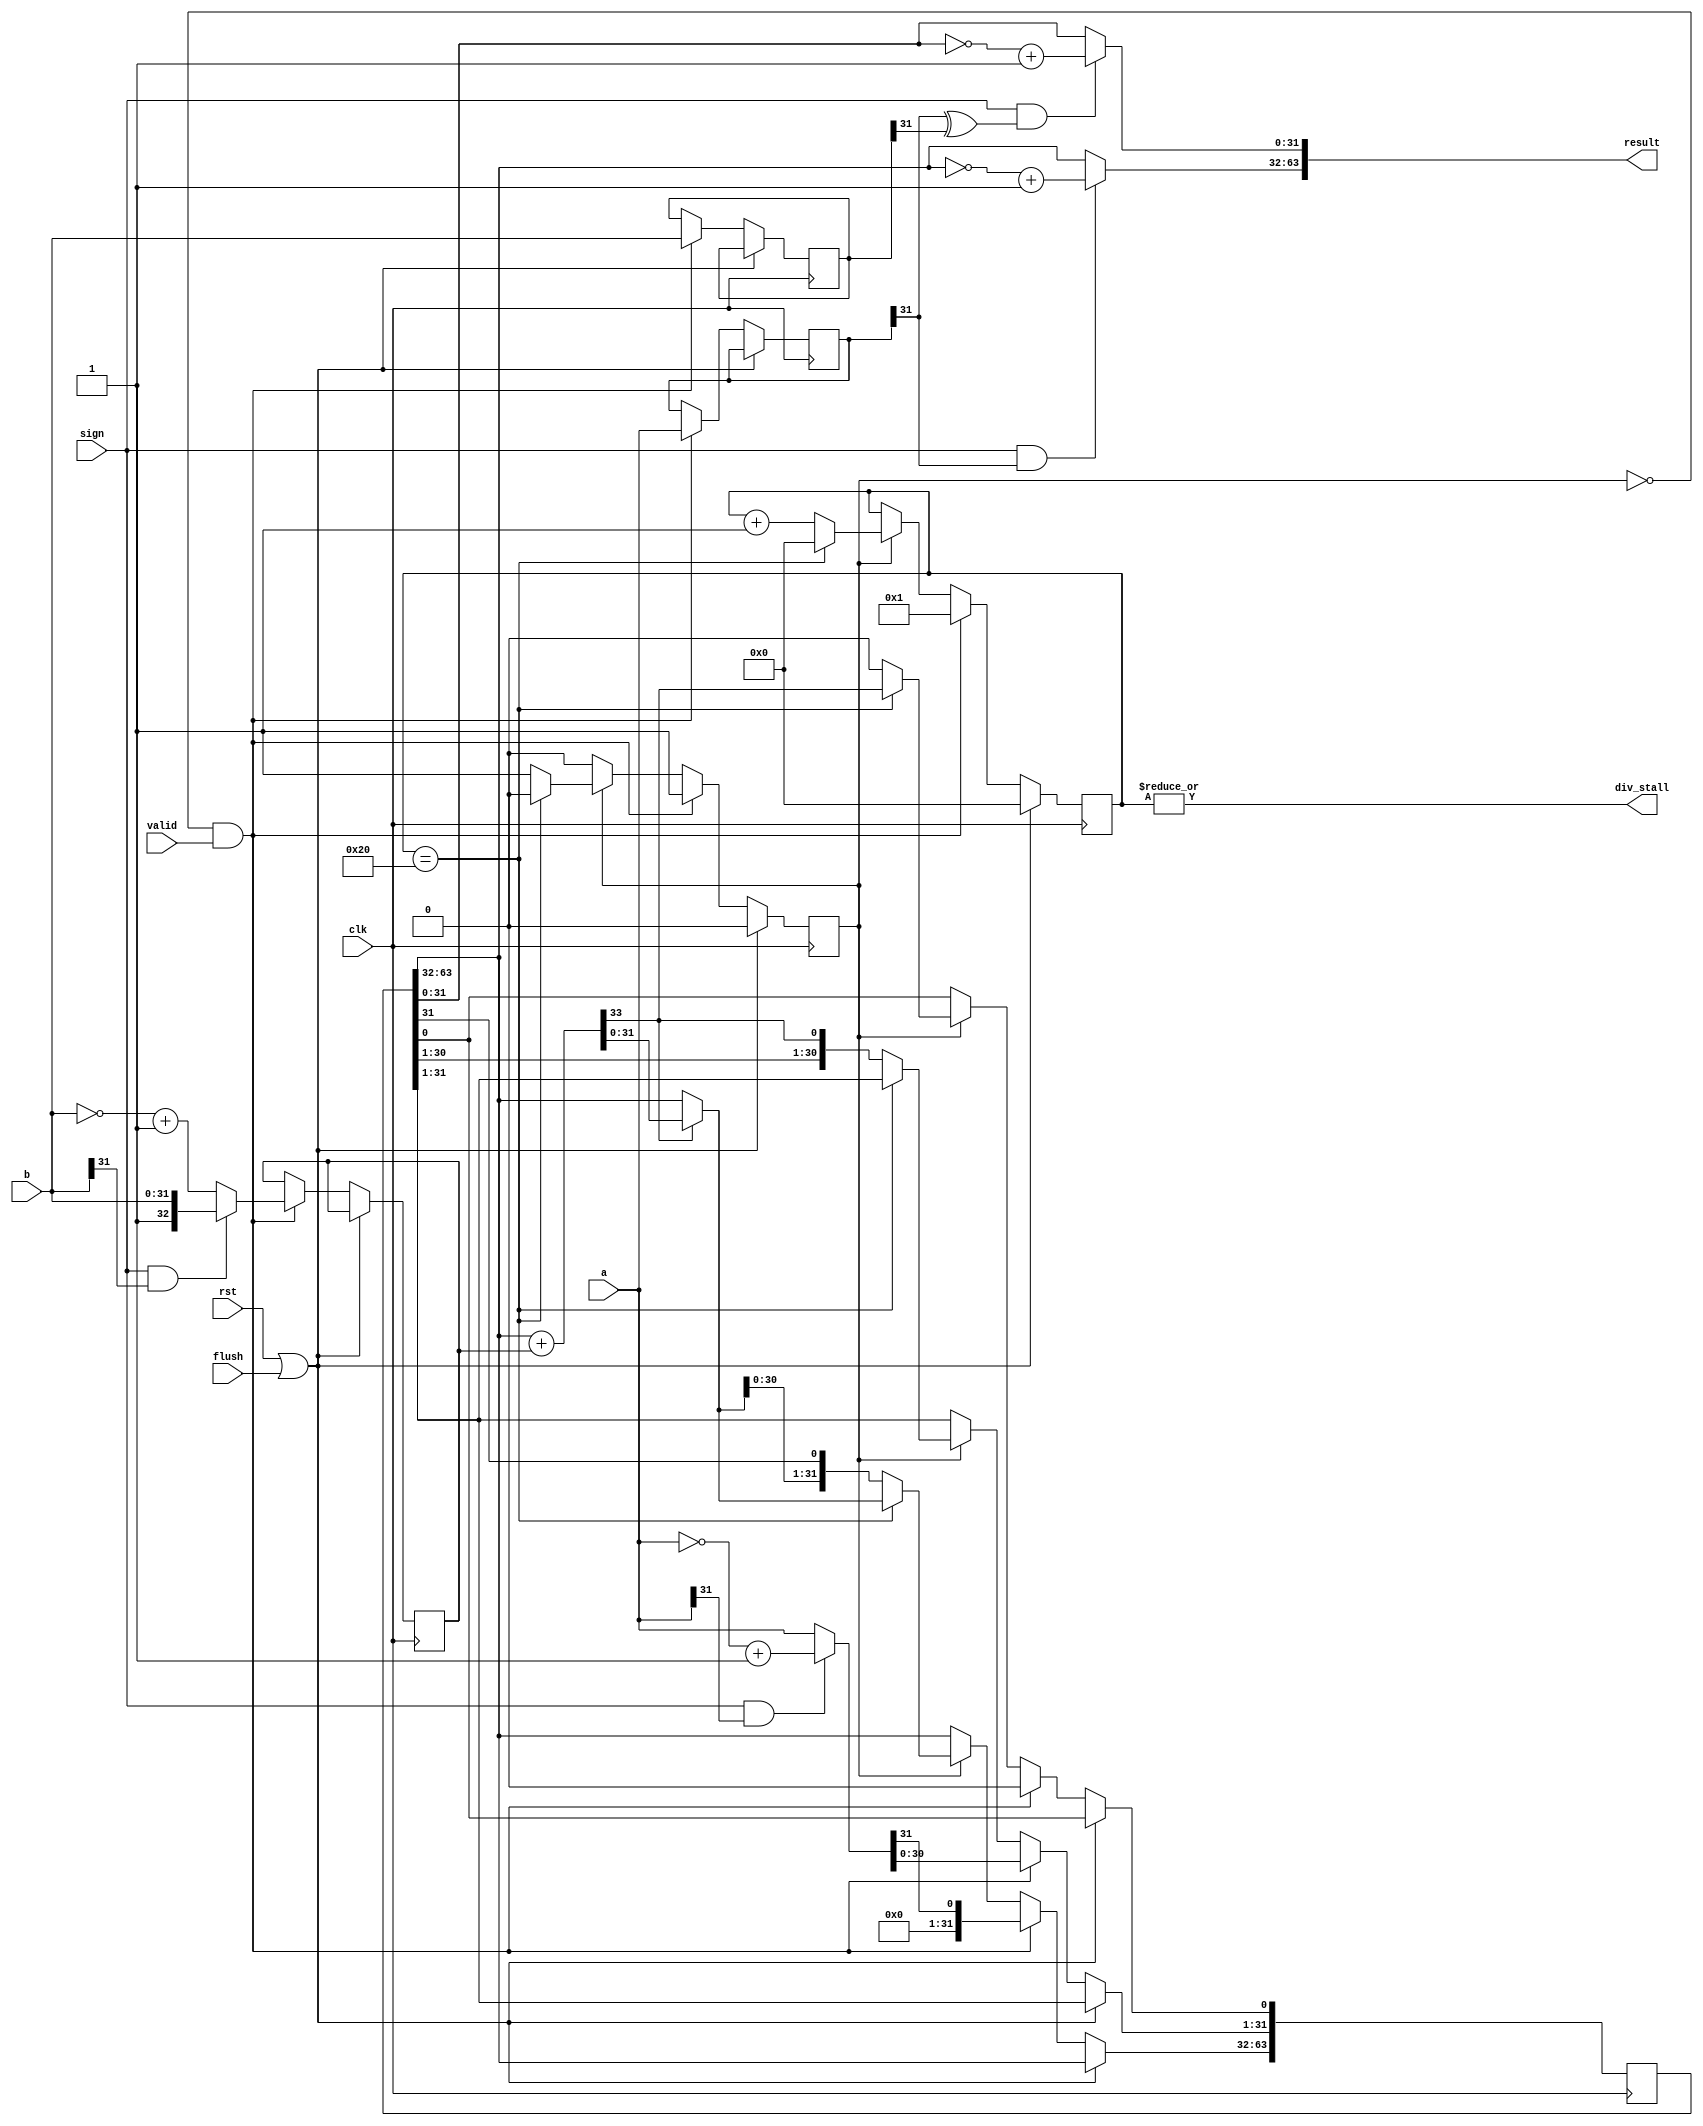
`timescale 1ns / 1ps

module div(
    input               clk,
    input               rst,
    input               flush,
    input [31:0]        a,  //divident
    input [31:0]        b,  //divisor
    input               valid,
    input               sign,   //1:signed
    // output reg          ready,
    output wire         div_stall,
    output [63:0]       result
    );
    /*
    1. 
    2. remainer03233
    */
    reg [31:0] a_save, b_save;
    reg [63:0] SR; //shift register
    reg [32 :0] NEG_DIVISOR;  //divisor 2's complement
    wire [31:0] REMAINER, QUOTIENT;
    assign REMAINER = SR[63:32];
    assign QUOTIENT = SR[31: 0];

    wire [31:0] divident_abs;
    wire [32:0] divisor_abs;
    wire [31:0] remainer, quotient;

    assign divident_abs = (sign & a[31]) ? ~a + 1'b1 : a;
    //
    assign remainer = (sign & a_save[31]) ? ~REMAINER + 1'b1 : REMAINER;
    assign quotient = sign & (a_save[31] ^ b_save[31]) ? ~QUOTIENT + 1'b1 : QUOTIENT;
    assign result = {remainer,quotient};

    wire CO;
    wire [32:0] sub_result;
    wire [32:0] mux_result;
    //sub
    assign {CO,sub_result} = {1'b0,REMAINER} + NEG_DIVISOR;
    //mux
    assign mux_result = CO ? sub_result : {1'b0,REMAINER};

    //state machine
    reg [5:0] cnt;
    reg start_cnt;
    always @(posedge clk) begin
        if(rst | flush) begin
            cnt <= 0;
            start_cnt <= 0;
        end
        else if(!start_cnt & valid) begin
            cnt <= 1;
            start_cnt <= 1;
            //save a,b
            a_save <= a;
            b_save <= b;

            //Register init
            SR[63:0] <= {31'b0,divident_abs,1'b0}; //left shift one bit initially
            NEG_DIVISOR <= (sign & b[31]) ? {1'b1,b} : ~{1'b0,b} + 1'b1; //divisor_abs
        end
        else if(start_cnt) begin
            if(cnt==32) begin
                cnt <= 0;
                start_cnt <= 0;
                
                //Output result
                SR[63:32] <= mux_result[31:0];
                SR[0] <= CO;
            end
            else begin
                cnt <= cnt + 1;

                SR[63:0] <= {mux_result[30:0],SR[31:1],CO,1'b0}; //wsl: write and shift left
            end
        end
    end
    
    assign div_stall = |cnt; //cnt=0
endmodule